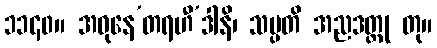
၁၁၄၀။ အဓုနေ’တရဟီ’ဒါနိ၊ သမ္ပတိ အညဒတ္ထု တု။